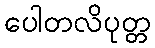
ပေါတလိပုတ္တ